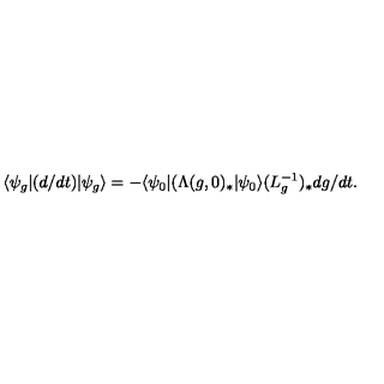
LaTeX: \langle \psi _ { g } | ( d / d t ) | \psi _ { g } \rangle = - \langle \psi _ { 0 } | ( \Lambda ( g , 0 ) _ { \ast } | \psi _ { 0 } \rangle ( L _ { g } ^ { - 1 } ) _ { \ast } d { g } / d t .